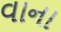
વાના